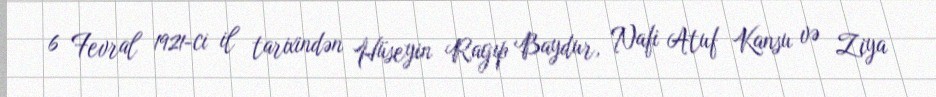
6 Fevral 1921-ci il tarixindən Hüseyin Ragıp Baydur, Nafi Atuf Kansu və Ziya